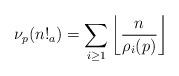
LaTeX: \begin{align*}\nu_{p}(n!_{a})& = \sum_{i\geq 1}\left\lfloor{\dfrac{n}{\rho_{i}(p)}}\right\rfloor\end{align*}